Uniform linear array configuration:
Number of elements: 8
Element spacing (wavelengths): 0.25
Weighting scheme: hann
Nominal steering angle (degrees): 45
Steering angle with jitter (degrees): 44.434
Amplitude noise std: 0.05
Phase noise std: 0.05

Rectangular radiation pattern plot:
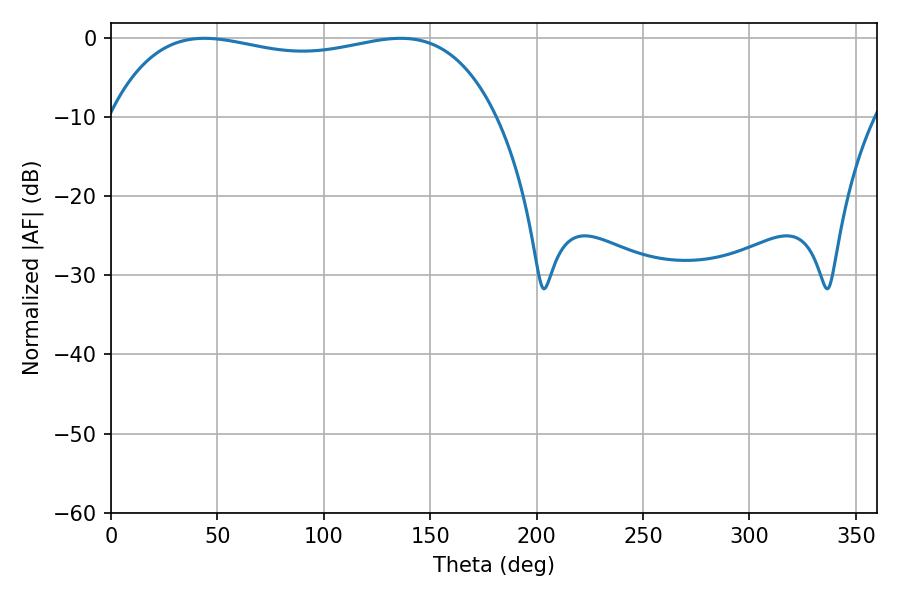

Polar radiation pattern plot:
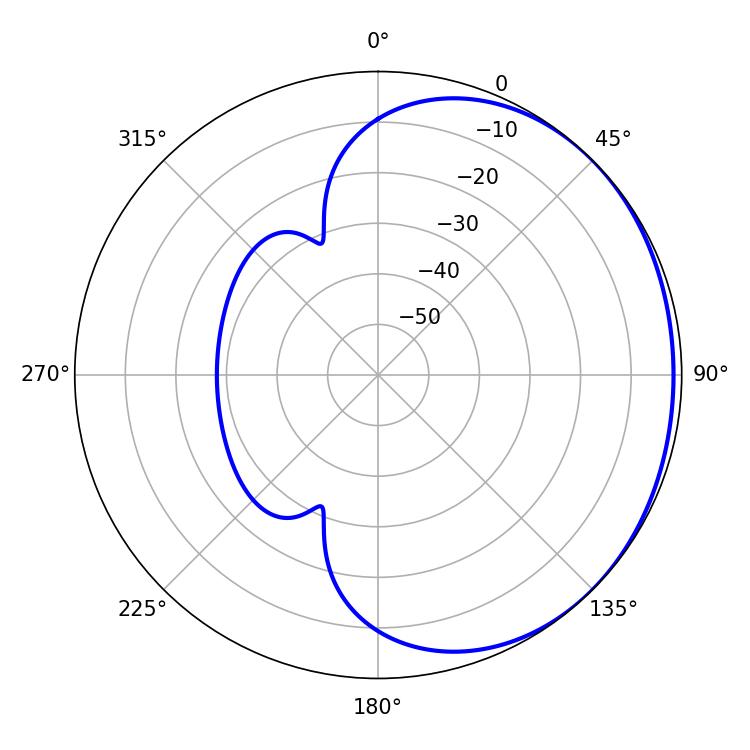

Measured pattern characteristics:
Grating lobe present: FALSE
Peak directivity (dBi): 0.9313
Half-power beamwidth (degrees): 147.24
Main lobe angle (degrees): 43.92